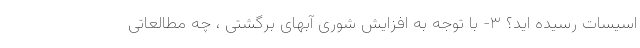
اسیسات رسیده اید؟ ۳- با توجه به افزایش شوری آبهای برگشتی ، چه مطالعاتی